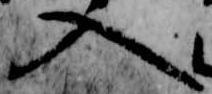
入